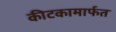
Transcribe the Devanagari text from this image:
कीटकामार्फत